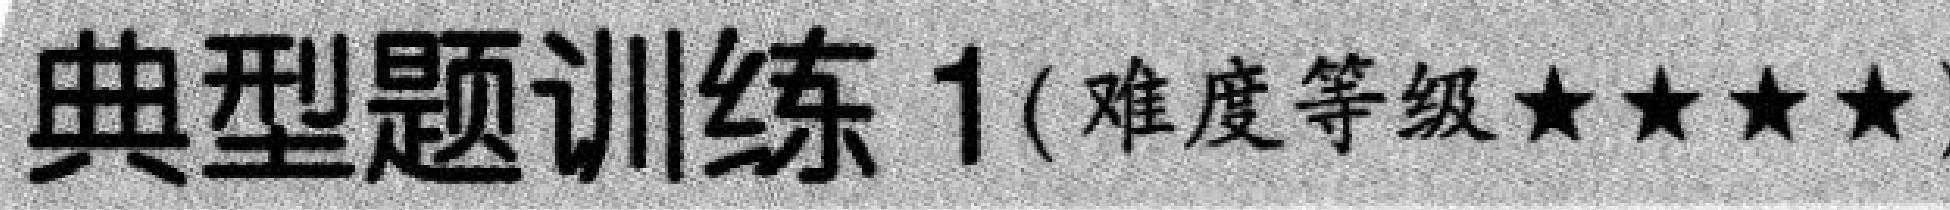
典型题训练 1(难度等级★★★★)